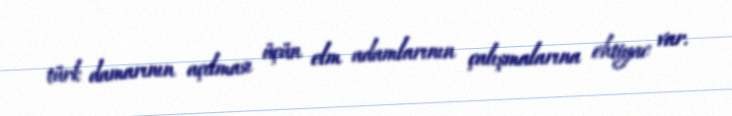
türk damarının açılması üçün elm adamlarının çalışmalarına ehtiyac var.